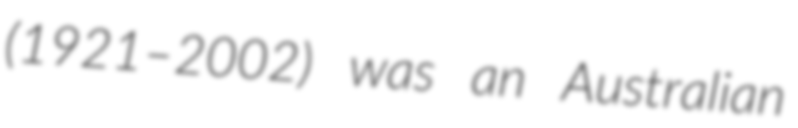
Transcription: (1921–2002) was an Australian